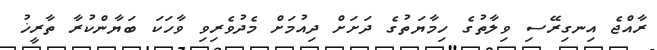
ރާއްޖެ އިނގިރޭސި ވިލާތުގެ ހިމާޔަތުގެ ދަށަށް ދިއުމަށް މެދުވެރިވި ވާހަކަ ބަޔާންކުރާ ތާރީޚު